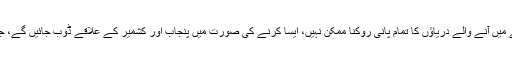
بھارتی ماہرین کا کہنا ہے کہ سندھ طاس معاہدے کے تحت بھارت کے حصے میں آنے والے دریاؤں کا تمام پانی روکنا ممکن نہیں، ایسا کرنے کی صورت میں پنجاب اور کشمیر کے علاقے ڈوب جائیں گے، جبکہ ردعمل کے طور پر چین بھی بھارت کے دریاوں کا پانی روک سکتا ہے۔